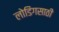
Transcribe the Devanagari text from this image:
लोडिंगसाठी